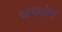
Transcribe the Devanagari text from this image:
धनयोग